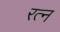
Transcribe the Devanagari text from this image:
रत्‍न